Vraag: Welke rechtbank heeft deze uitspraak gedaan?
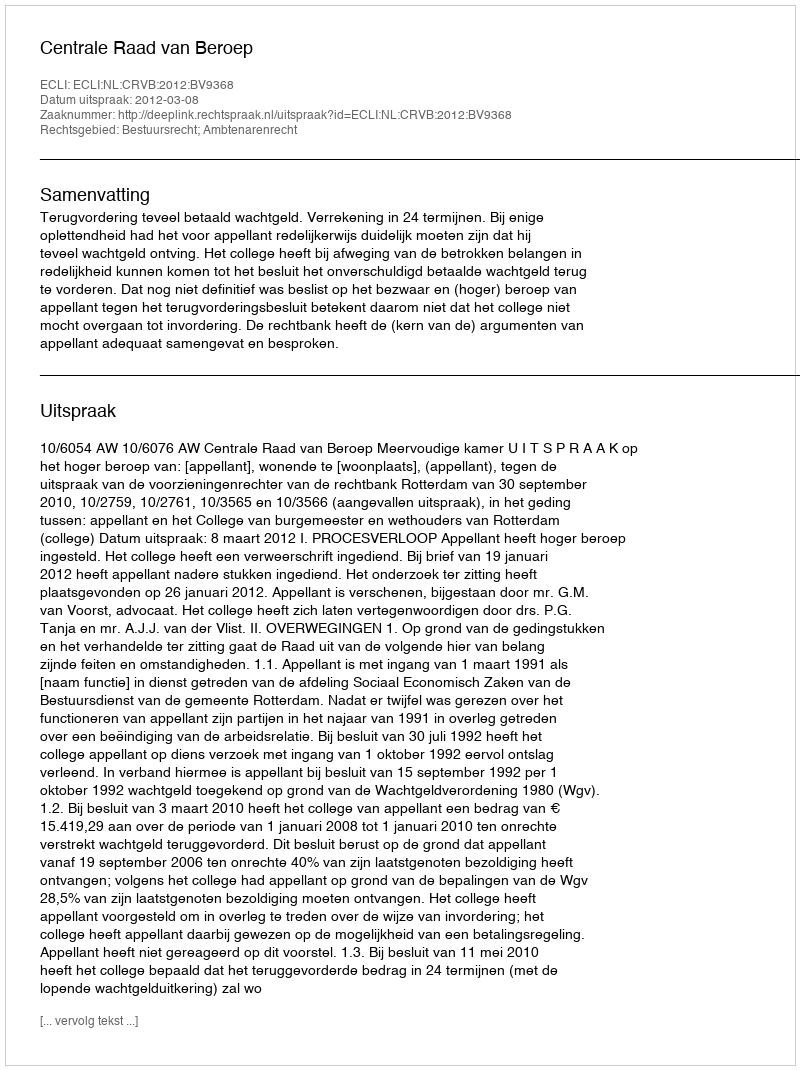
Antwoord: Centrale Raad van Beroep